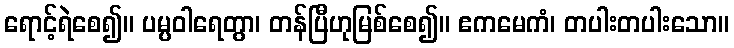
ရောင့်ရဲစေ၍။ ပမ္ပဝါရေတွာ၊ တန်ပြီဟုမြစ်စေ၍။ ဧကမေကံ၊ တပါးတပါးသော။